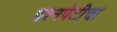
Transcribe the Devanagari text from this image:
प्रश्‍नपेटीचा